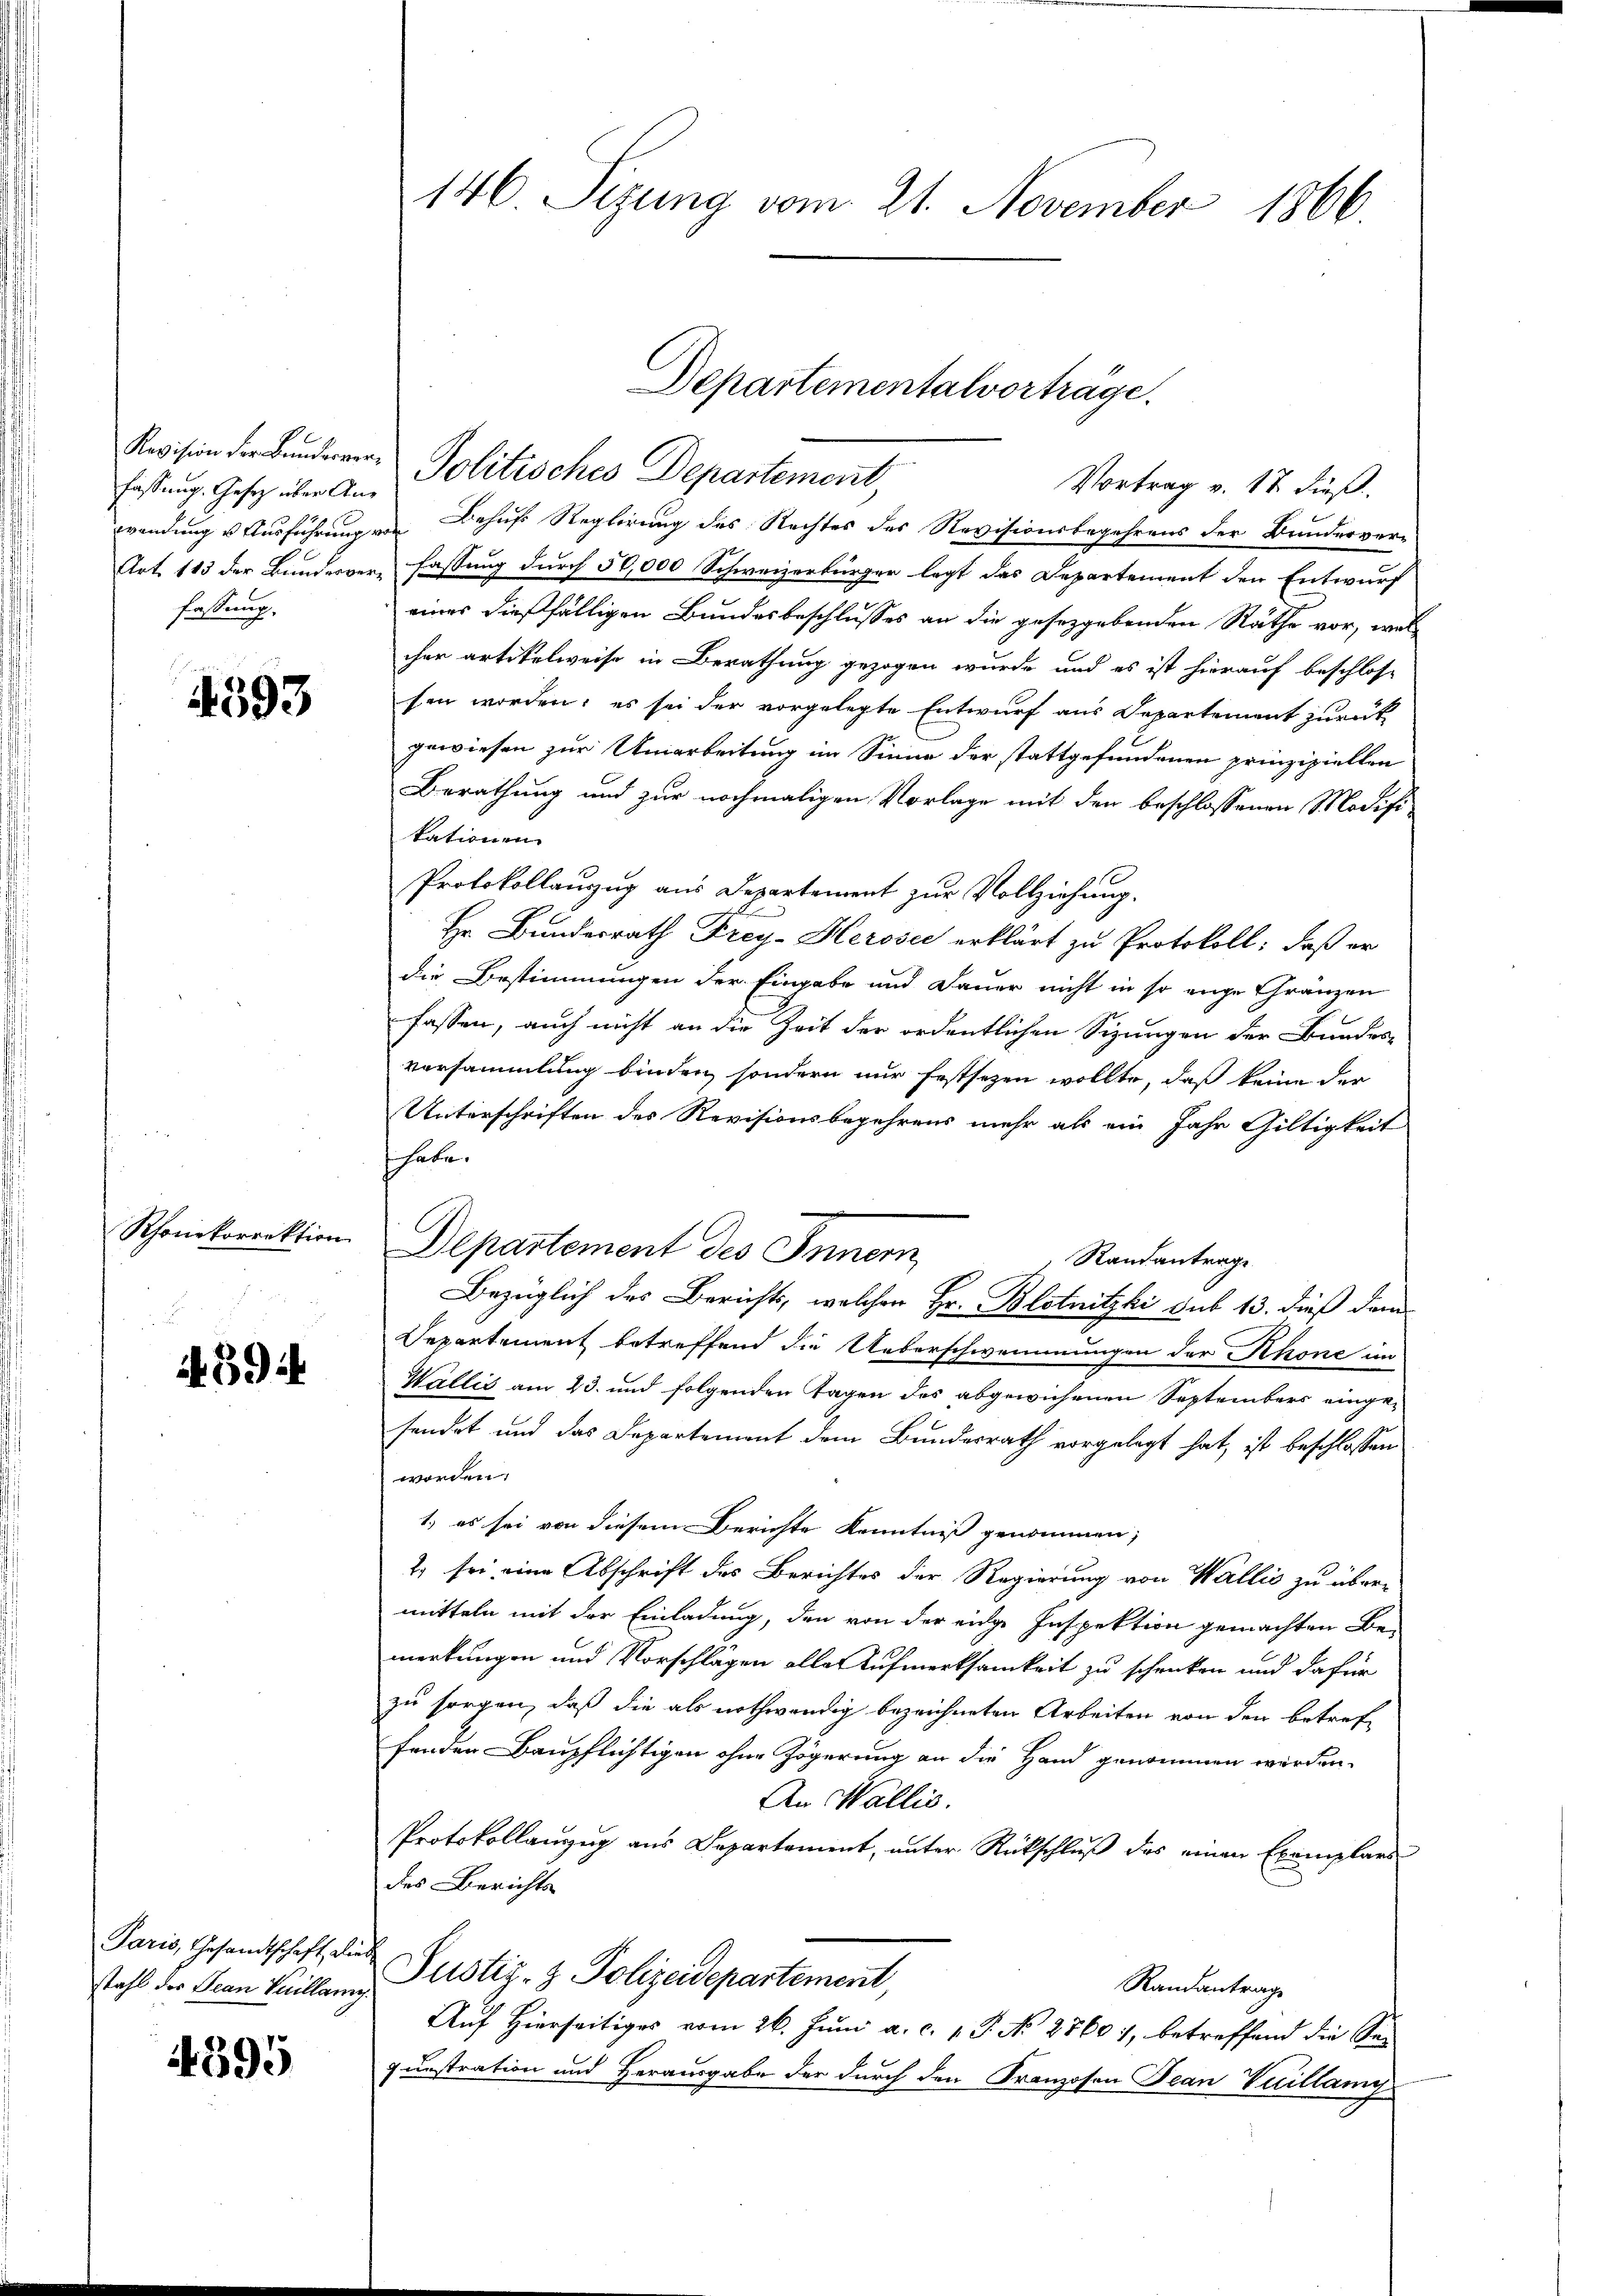
fassung. Gesetz über Anfassung.

4393

Rhonekorrektion

4394

Paris, Gesandtschaft, dies
stahl des Jean Vuillang.

4595

146. Sizung vom 21. November 1866.

Vortrag v. 17. dieß.
wendung u Ausführung von Behufs Reglirung des Rechtes des Revisionsbegehrens der Bunderver-
Art. 113 der Bundesverfassung durch 50,000 Schweizerbürger legt das Departement den Entwurf
eines dießfälligen Bundesbeschlusses an die gesetzgebenden Räthe vor, welcher artikelweise in Berathung gezogen wurde und es ist hierauf beschlos-
sen worden; es sei der vorgelegte Entwurf aus Departement zurück
gewiesen zur Umarbeitung im Sinne der stattgefundenen prinzipiellen
Berathung und zur nochmaligen Vorlage mit den beschlossenen Modifikationen
Protokollanzug aus Departement zur Vollziehung.
Hr. Bundesrath Frey- Heroser erklärt zu Protokoll: daß er
die Bestimmungen der Eingabe und Dauer nicht in so eige Gränzen
fassen, auch nicht an die Zeit der ordentlichen Sizungen der Bundes-
versammlung binden, sondern nur festsezen wollte, daß keine der
Unterschriften des Revisionsbegehrens mehr als ein Jahr Gültigkeit
habe.
Departement des Innern,
Randantrage
Bezüglich des Berichts, welchen Hr. Blotnitzki auf 13. dieß dem
Departement betreffend die Ueberschwemmungen der Rhone im
Wallis am 23. und folgenden Tagen des abgewichenen Septembers eingesendet und das Departement dem Bundesrath vorgelegt hat, ist beschlossen
worden.
1) es sei von diesem Berichte Kenntniß genommen;
2 sei eine Abschrift des Berichtes der Regierung von Wallis zu übermitteln mit der Einladung, den von der eidge Inspektion gemachten Be-
merkungen und Vorschlägen alle Aufmerksamkeit zu schrecken und dafür
zu sorgen, daß die als nothwendig bezeichneten Arbeiten von den betreffenden Baupflichtigen ohne Zögerung an die Hand genommen werden.
An Wallis.
Protokollauzug aus Departement, unter Rückschluß des einen Exemplars
des Berichts
Justiz- & Polizeidepartement,
Randantrage
Auf Hierseitiges vom 26. Juni a. c. v. P. No 2760), betreffend die Se-
qunstration und Herausgabe der durch den Franzosen Jean Vuillamy

Revision der Bundereren Politisches Departement,

Departementalvorträge.